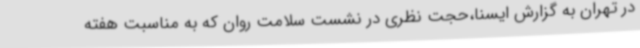
در تهران به گزارش ایسنا،حجت نظری در نشست سلامت روان که به مناسبت هفته